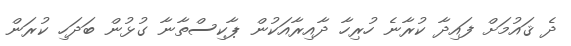
ދެ ޤައުމަށް ފައިދާ ކުރާނެ ހުރިހާ ދާއިރާއަކުން ޕާކިސްތާނާ ގުޅުން ބަދަހި ކުރަން